Annual report on the mental hospital in the Central Provinces and Berar (Nagpur) - 1927-1951
Year: 1927
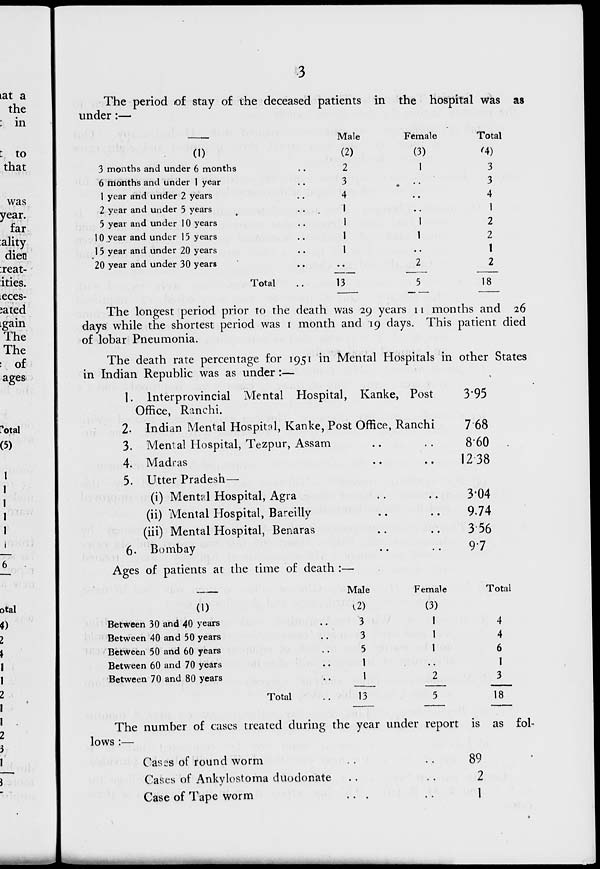
3
The period of stay of the deceased patients in the hospital was as
under:—
Male
Female
Total
(1)
(2)
(3)
'4)
3 months and under 6 months
. ,
2
1
3
6 months and under 1 year
..
3
•
3
1 year and under 2 years
.
4
4
2 year and under 5 years
1
..
1
5 year and under 1 0 years
. .
1
1
2
10.year and under 15 years
1
1
2
15 year and under 20 years
..
1
1
20 year and under 30 years
Total
•
13
2
5
2
18
The longest period prior to the death was 29 years 11 months and 26
days while the shortest period was 1 month and 19 days. This patient died
of lobar Pneumonia.
The death rate percentage for 1951 in Mental Hospitals in other States
in Indian Republic was as under :—
1. lnterprovincial Mental Hospital, Kanke, Post
Office, Ranchi.
2. Indian Mental Hospitol, Kanke, Post Office, Ranchi
3. Mental Hospital, Tezpur, Assam
4. Madras
5. Utter Pradesh—
(i) Mental Hospital, Agra
(ii) Mental Hospital, Bareiliy
(iii) Mental Hospital, Benaras
6. Bombay
Ages of patients at the time of death :—
Male
(1)
v2)
Between 30 and 40 years
..
3
Between 40 and 50 years
Between 50 and 60 years
Between 60 and 70 years
Between 70 and 80 years
3*95
Total
3
5
1
I
13
nchi
768
. .
8'60 .
• •
1238
3-04
..
9.74
• •
356
97
Female
Total
(3)
1
4
1
4
1
6
..
1
2
3
5
18
The number of cases treated during the year under report is as
lows :—
fol-
Cases of round worm
Cases of Ankylostoma duo donate
Case of Tape worm
89
2
1